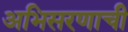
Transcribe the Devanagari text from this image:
अभिसरणाची